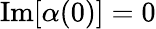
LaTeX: \textrm{Im}[\alpha(0)]=0